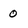
Character: 0